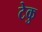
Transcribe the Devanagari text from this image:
टेकु